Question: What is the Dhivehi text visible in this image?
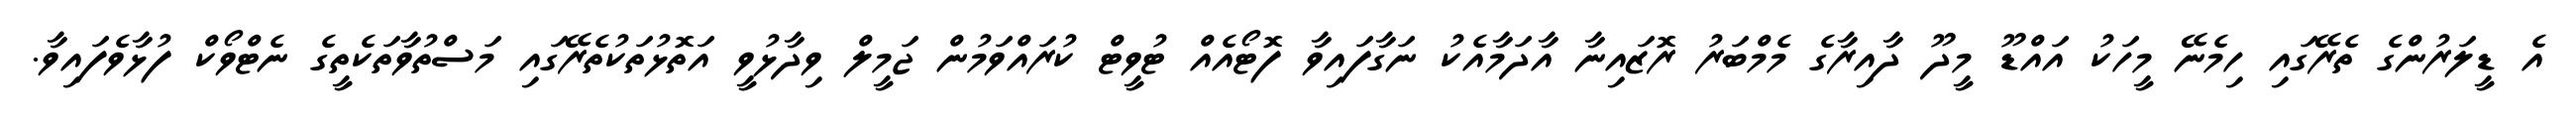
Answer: އެ ޑީލަރުންގެ ތެރޭގައި ހިމެނޭ މީހަކު އައްޑޫ މީދޫ ދާއިރާގެ މެމްބަރު ރޮޒައިނާ އާދަމާއެކު ނަގާފައިވާ ފޮޓޯއެއް ޓުވީޓް ކުރައްވަމުން ޖަމީލް ވިދާޅުވީ އަތޮޅުތަކުތެރޭގައި މަސްތުވާތަކެތީގެ ނެޓްވޯކް ފުޅާވެފައިވާ.